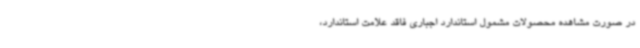
در صورت مشاهده محصولات مشمول استاندارد اجباری فاقد علامت استاندارد،